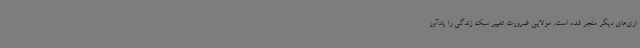
اری‌های دیگر منجر شده است. مولایی ضرورت تغییر سبک زندگی را یادآور